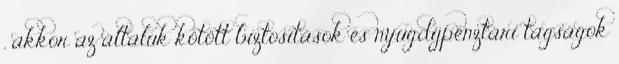
, akkor az általuk kötött biztosítások és nyugdíjpénztári tagságok